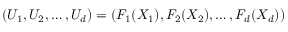
( U _ { 1 } , U _ { 2 } , \dots , U _ { d } ) = \left( F _ { 1 } ( X _ { 1 } ) , F _ { 2 } ( X _ { 2 } ) , \dots , F _ { d } ( X _ { d } ) \right)